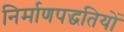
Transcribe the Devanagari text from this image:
निर्माणपद्धतियों